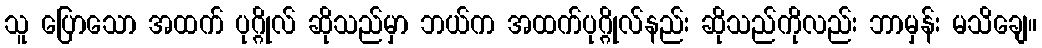
သူ ပြောသော အထက် ပုဂ္ဂိုလ် ဆိုသည်မှာ ဘယ်က အထက်ပုဂ္ဂိုလ်နည်း ဆိုသည်ကိုလည်း ဘာမှန်း မသိချေ။